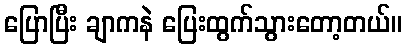
ပြောပြီး ချာကနဲ ပြေးထွက်သွားတော့တယ်။